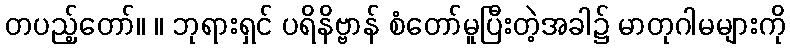
တပည့်တော်။ ။ ဘုရားရှင် ပရိနိဗ္ဗာန် စံတော်မူပြီးတဲ့အခါ၌ မာတုဂါမများကို